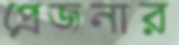
প্রেজনার